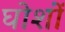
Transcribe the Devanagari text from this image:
घोशों